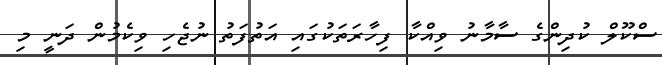
ސްކޫލް ކުދިންގެ ސާމާނު ވިއްކާ ފިހާރަތަކުގައި އަތުފަތު ނުޖެހި ވިކެމުން ދަނީ މި